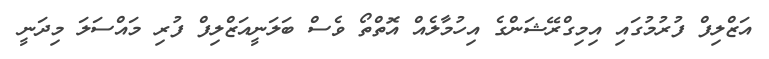
އަޒްލިފް ފުރުމުގައި އިމިގްރޭޝަންގެ އިހުމާލެއް އޮތްތޯ ވެސް ބަލަނީއަޒްލިފް ފުރި މައްސަލަ މިދަނީ